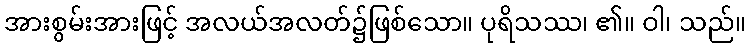
အားစွမ်းအားဖြင့် အလယ်အလတ်၌ဖြစ်သော။ ပုရိသဿ၊ ၏။ ဝါ၊ သည်။